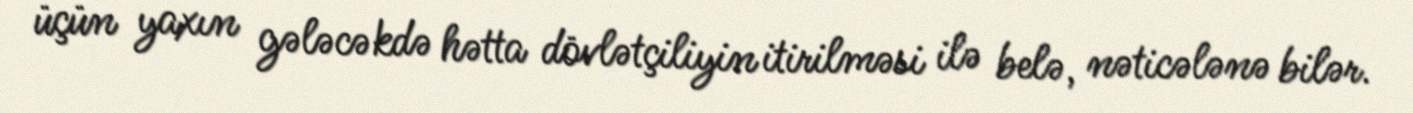
üçün yaxın gələcəkdə hətta dövlətçiliyin itirilməsi ilə belə, nəticələnə bilər.